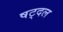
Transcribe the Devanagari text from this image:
षट्दल